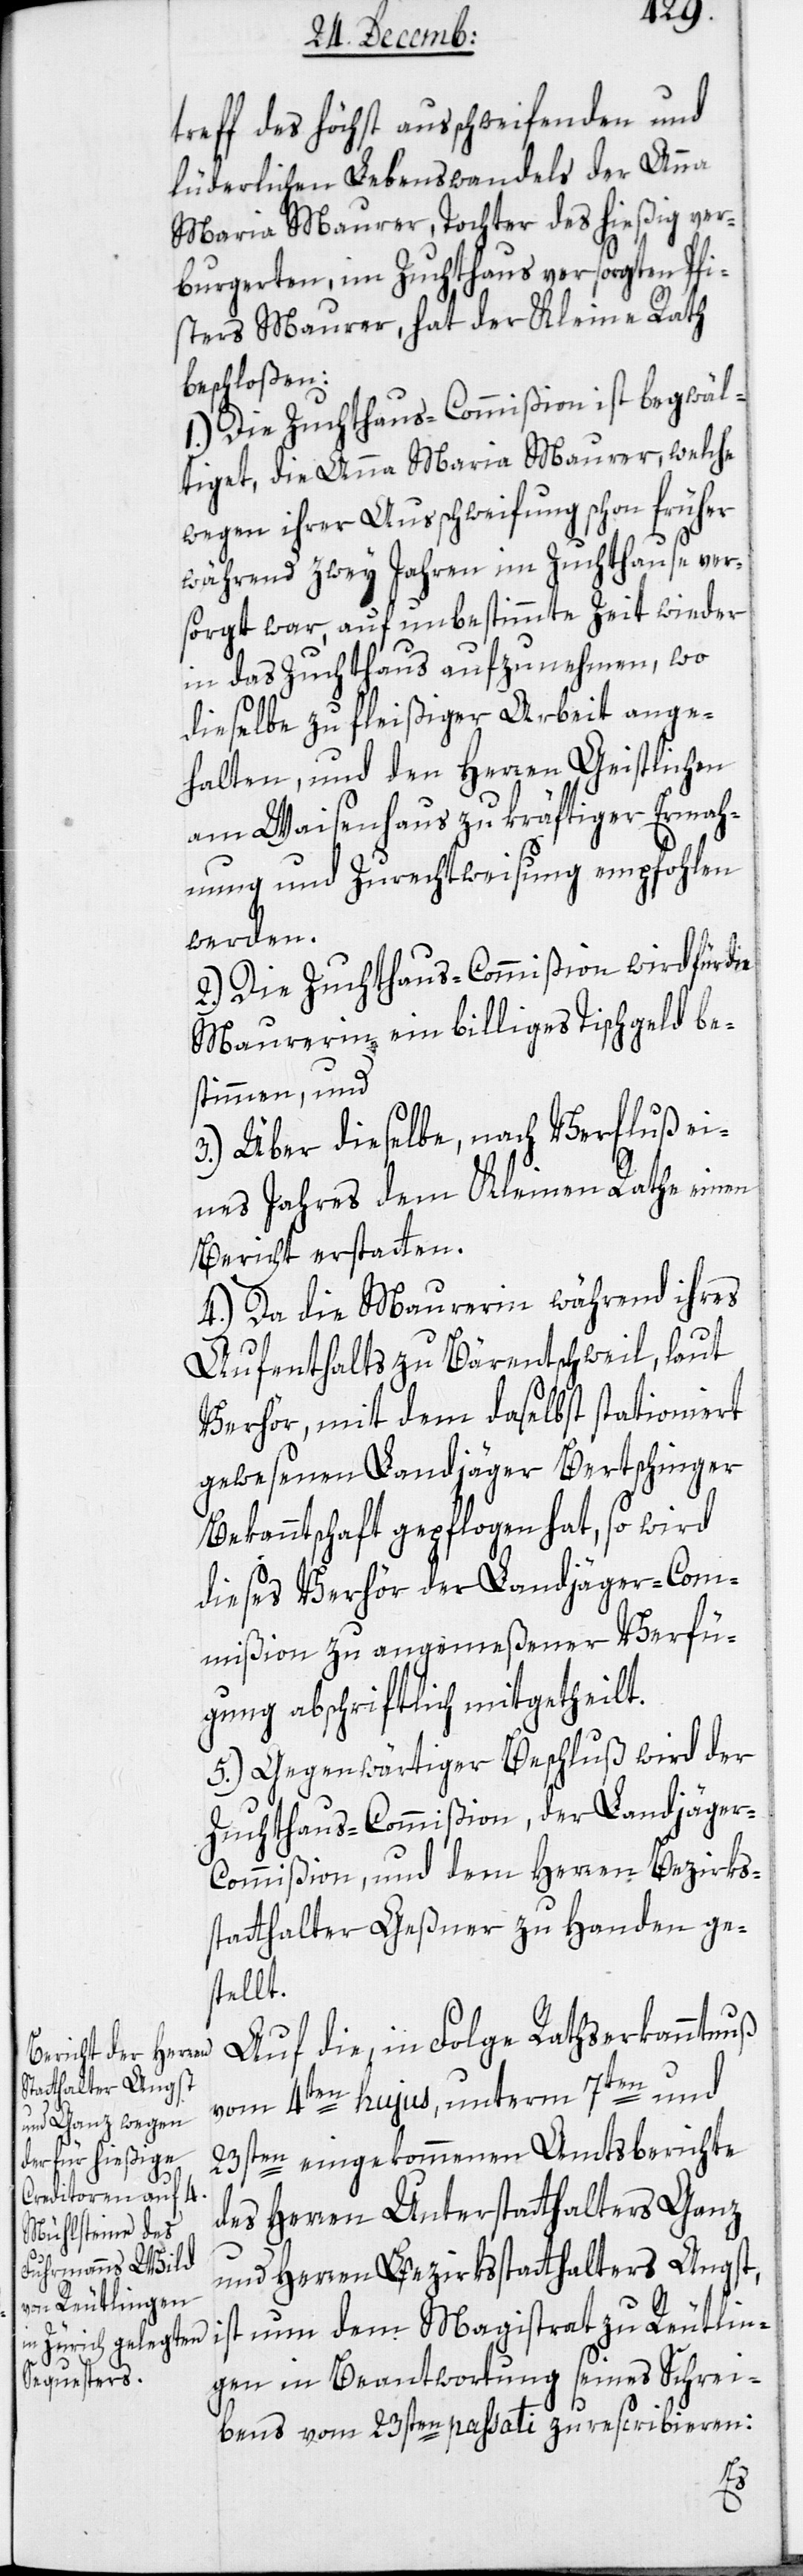
Reutlin¬
treff des höchst ausschweifenden und
lüderlichen Lebenswandels der Anna
Maria Maurer, Tochter des hießig ver¬
burgerten, im Zuchthaus versorgten Pfi¬
sters Maurer, hat der Kleine Rath
beschloßen:
1.) Die Zuchthaus-Commißion ist begwäl¬
tiget, die Anna Maria Maurer, welche
wegen ihrer Ausschweifung schon früher
während zwey Jahren im Zuchthause ver¬
sorgt war, auf unbestimmte Zeit wieder
in das Zuchthaus aufzunehmen, wo
dieselbe zu fleißiger Arbeit ange¬
halten, und den Herren Geistlichen
am Waisenhaus zu kräftiger Ermah¬
nung und Zurechtweisung empfohlen
werden.
2.) Die Zuchthaus-Commißion wird für die
Maurerin ein billiges Tischgeld be¬
stimmen, und
3.) Über dieselbe, nach Verfluß ei¬
nes Jahres dem Kleinen Rathe einen
Bericht erstatten.
4.) Da die Maurerin während ihres
Aufenthalts zu Bärentschweil, laut
Verhör, mit dem daselbst stationiert
gewesenen Landjäger Bertschinger
Bekanntschaft gepflogen hat, so wird
dieses Verhör der Landjäger-Com¬
mißion zu angemeßener Verfü¬
gung abschriftlich mitgetheilt.
5.) Gegenwärtiger Beschluß wird der
Zuchthaus-Commißion, der Landjäger-C¬
ommißion und dem Herren Bezirks¬
statthalter Geßner zu Handen ge¬
stellt.
Auf die, in Folge Rathserkanntnuß
vom 4ten hujus, unterm 7ten und
ten eingekommenen Amtsberichte
23s¬
des Herren Unterstatthalters Ganz
und Herren Bezirksstatthalters Angst,
gen in Beantwortung seines Schrei¬
bens vom 23sten passati zu rescribieren: